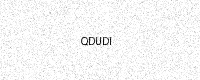
Text: QDUDI